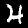
Digit: 4